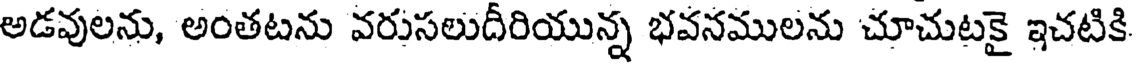
అడవులను, అంతటను వరుసలుదీరియున్న భవనములను చూచుటకై ఇచటికి